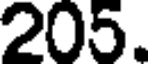
205.